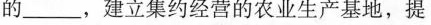
的___，建立集约经营的农业生产基地，提